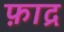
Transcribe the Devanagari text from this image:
फ़ाद्र